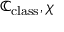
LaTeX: \mathbb { C } _ { \mathrm { c l a s s } } , \chi